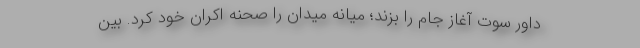
داور سوت آغاز جام را بزند؛ میانه میدان را صحنه اکران خود کرد. بین